Scottish Certificate of Education, 1963
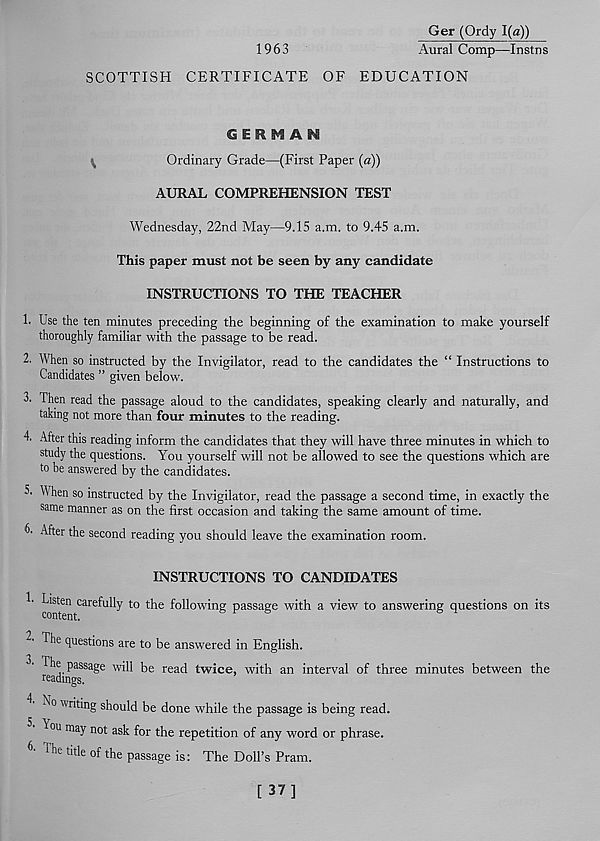
1963
Ger (Ordy 1(a))
Aural Comp—Instns
SCOTTISH CERTIFICATE OF EDUCATION
GERMAN
^
Ordinary Grade—(First Paper (a))
AURAL COMPREHENSION TEST
Wednesday, 22nd May—9.15 a.m. to 9.45 a.m.
This paper must not be seen by any candidate
INSTRUCTIONS TO THE TEACHER
1. Use the ten minutes preceding the beginning of the examination to make yourself
thoroughly familiar with the passage to be read.
2. When so instructed by the Invigilator, read to the candidates the “ Instructions to
Candidates ” given below.
3. Then read the passage aloud to the candidates, speaking clearly and naturally, and
taking not more than four minutes to the reading.
4' After this reading inform the candidates that they will have three minutes in which to
study the questions. You yourself will not be allowed to see the questions which are
to be answered by the candidates.
5. When so instructed by the Invigilator, read the passage a second time, in exactly the
same manner as on the first occasion and taking the same amount of time.
(>■ After the second reading you should leave the examination room.
INSTRUCTIONS TO CANDIDATES
^S t
t
en carefu Uy to the following passage with a view to answering questions on its
2’ The questions are to be answered in English.
3 Th e passage will be read twice, with an interval of three minutes between the
readings.
No wr * n g should be done while the passage is being read.
^ou may not ask for the repetition of any word or phrase.
The title of *6 passage is: The Doll’s Pram.
[ 37]